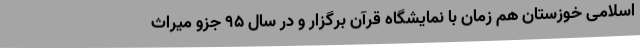
اسلامی خوزستان هم‌ زمان با نمایشگاه قرآن برگزار و در سال ۹۵ جزو میراث